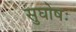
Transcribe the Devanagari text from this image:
सुघोषः